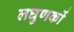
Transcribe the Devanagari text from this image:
लघुणकों